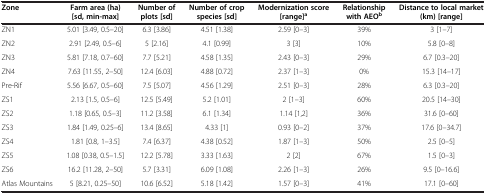
<table><thead><tr><td><b>Zone</b></td><td><b>Farm area (ha) [sd, min-max]</b></td><td><b>Number of plots [sd]</b></td><td><b>Number of crop species [sd]</b></td><td><b>Modernization score [range]<sup>a</sup></b></td><td><b>Relationship with AEO<sup>b</sup></b></td><td><b>Distance to local market (km) [range]</b></td></tr></thead><tbody><tr><td>ZN1</td><td>5.01 [3.49, 0.5–20]</td><td>6.3 [3.86]</td><td>4.51 [1.38]</td><td>2.59 [0–3]</td><td>39%</td><td>3 [1–7]</td></tr><tr><td>ZN2</td><td>2.91 [2.49, 0.5–6]</td><td>5 [2.16]</td><td>4.1 [0.99]</td><td>3 [3]</td><td>10%</td><td>5.8 [0–8]</td></tr><tr><td>ZN3</td><td>5.81 [7.18, 0.7–60]</td><td>7.7 [5.21]</td><td>4.58 [1.35]</td><td>2.43 [0–3]</td><td>29%</td><td>6.7 [0.3–20]</td></tr><tr><td>ZN4</td><td>7.63 [11.55, 2–50]</td><td>12.4 [6.03]</td><td>4.88 [0.72]</td><td>2.37 [1–3]</td><td>0%</td><td>15.3 [14–17]</td></tr><tr><td>Pre-Rif</td><td>5.56 [6.67, 0.5–60]</td><td>7.5 [5.07]</td><td>4.56 [1.29]</td><td>2.51 [0–3]</td><td>28%</td><td>6.3 [0.3–20]</td></tr><tr><td>ZS1</td><td>2.13 [1.5, 0.5–6]</td><td>12.5 [5.49]</td><td>5.2 [1.01]</td><td>2 [1–3]</td><td>60%</td><td>20.5 [14–30]</td></tr><tr><td>ZS2</td><td>1.18 [0.65, 0.5–3]</td><td>11.2 [3.58]</td><td>6.1 [1.34]</td><td>1.14 [1,2]</td><td>36%</td><td>31.6 [0–60]</td></tr><tr><td>ZS3</td><td>1.84 [1.49, 0.25–6]</td><td>13.4 [8.65]</td><td>4.33 [1]</td><td>0.93 [0–2]</td><td>37%</td><td>17.6 [0–34.7]</td></tr><tr><td>ZS4</td><td>1.81 [0.8, 1–3.5]</td><td>7.4 [6.37]</td><td>4.38 [0.52]</td><td>1.87 [1–3]</td><td>50%</td><td>2.5 [0–5]</td></tr><tr><td>ZS5</td><td>1.08 [0.38, 0.5–1.5]</td><td>12.2 [5.78]</td><td>3.33 [1.63]</td><td>2 [2]</td><td>67%</td><td>1.5 [0–3]</td></tr><tr><td>ZS6</td><td>16.2 [11.28, 2–50]</td><td>5.7 [3.31]</td><td>6.09 [1.08]</td><td>2.26 [1–3]</td><td>26%</td><td>9.5 [0–16.6]</td></tr><tr><td>Atlas Mountains</td><td>5 [8.21, 0.25–50]</td><td>10.6 [6.52]</td><td>5.18 [1.42]</td><td>1.57 [0–3]</td><td>41%</td><td>17.1 [0–60]</td></tr></tbody></table>